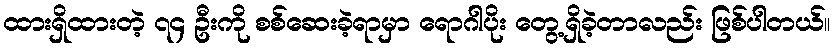
ထားရှိထားတဲ့ ၇၄ ဦးကို စစ်ဆေးခဲ့ရာမှာ ရောဂါပိုး တွေ့ရှိခဲ့တာလည်း ဖြစ်ပါတယ်။